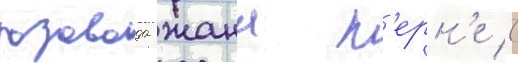
розовода жана п'ерн'е (